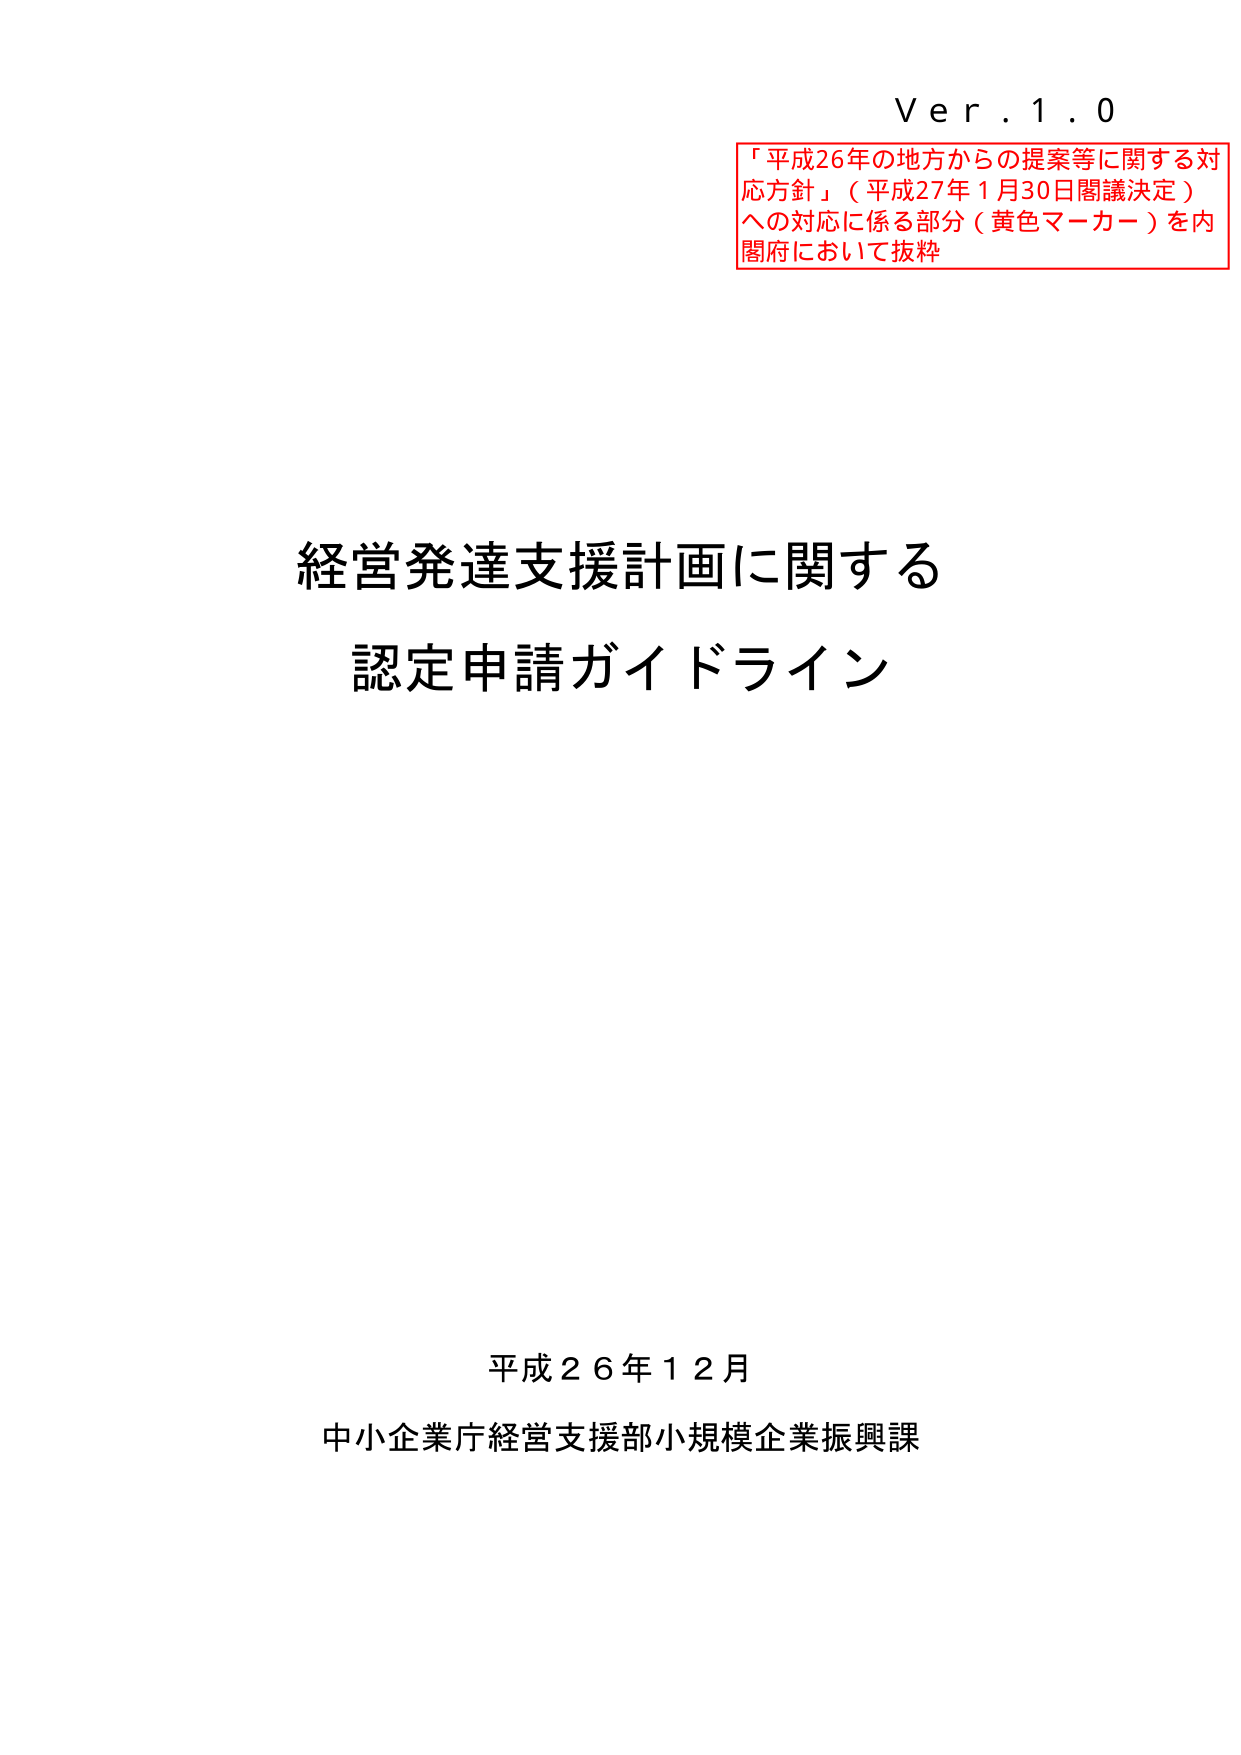
Ver.1.0
「平成26年の地方からの提案等に関する対応方針」（平成27年1月30日閣議決定）への対応に係る部分（黄色マーカー）を内閣府において抜粋

経営発達支援計画に関する
認定申請ガイドライン

平成26年12月
中小企業庁経営支援部小規模企業振興課